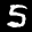
Label: 5